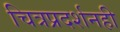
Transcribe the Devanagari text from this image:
चित्रप्रदर्शनही